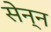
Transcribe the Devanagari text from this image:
सेन्न